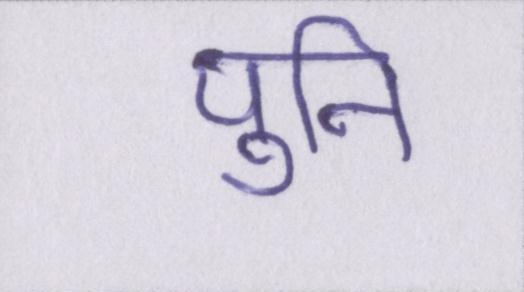
पुनि